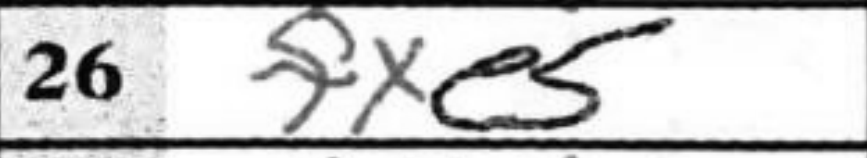
Transcription: fxe5